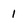
Character: I